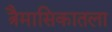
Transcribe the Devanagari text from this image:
त्रैमासिकातला